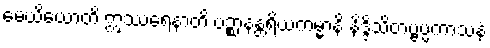
မေဃိယောတိ ဣဿရေနာတိ ပဉ္စာနန္တရိယကမ္မာနိ နိဒ္ဒိသိတဗ္ဗပ္ပကာသနံ